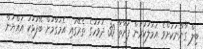
ބިލް ގާނޫނަކަށްވެ އަމަލުކުރަން ފަށާތާ 30 ދުވަހުގެ ތެރޭގައި އެމަގާމަށް ބޭފުޅަކު އައްޔަން